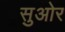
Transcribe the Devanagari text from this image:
सुओर